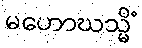
မဟောဃသ္မိံ